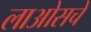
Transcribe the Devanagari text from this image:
लाओसचे